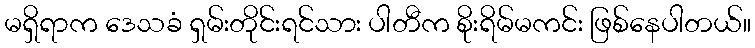
မရှိရာက ဒေသခံ ရှမ်းတိုင်းရင်သား ပါတီက စိုးရိမ်မကင်း ဖြစ်နေပါတယ်။